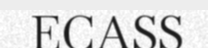
ECASS